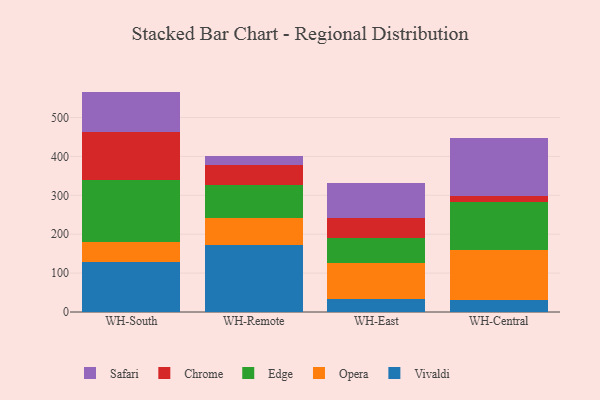
{"axis": {"x": "Warehouse", "y": "Energy Usage (MWh)"}, "legend": ["Chrome", "Edge", "Opera", "Safari", "Vivaldi"], "data": [{"x": "WH-South", "y": 128.8, "type": "Vivaldi"}, {"x": "WH-South", "y": 50.4, "type": "Opera"}, {"x": "WH-South", "y": 159.2, "type": "Edge"}, {"x": "WH-South", "y": 125.1, "type": "Chrome"}, {"x": "WH-South", "y": 103.1, "type": "Safari"}, {"x": "WH-Remote", "y": 173.2, "type": "Vivaldi"}, {"x": "WH-Remote", "y": 67.3, "type": "Opera"}, {"x": "WH-Remote", "y": 86.1, "type": "Edge"}, {"x": "WH-Remote", "y": 52.6, "type": "Chrome"}, {"x": "WH-Remote", "y": 22.6, "type": "Safari"}, {"x": "WH-East", "y": 33.2, "type": "Vivaldi"}, {"x": "WH-East", "y": 91.9, "type": "Opera"}, {"x": "WH-East", "y": 64.1, "type": "Edge"}, {"x": "WH-East", "y": 51.9, "type": "Chrome"}, {"x": "WH-East", "y": 89.5, "type": "Safari"}, {"x": "WH-Central", "y": 29.8, "type": "Vivaldi"}, {"x": "WH-Central", "y": 129.9, "type": "Opera"}, {"x": "WH-Central", "y": 123.2, "type": "Edge"}, {"x": "WH-Central", "y": 15.3, "type": "Chrome"}, {"x": "WH-Central", "y": 148.1, "type": "Safari"}]}